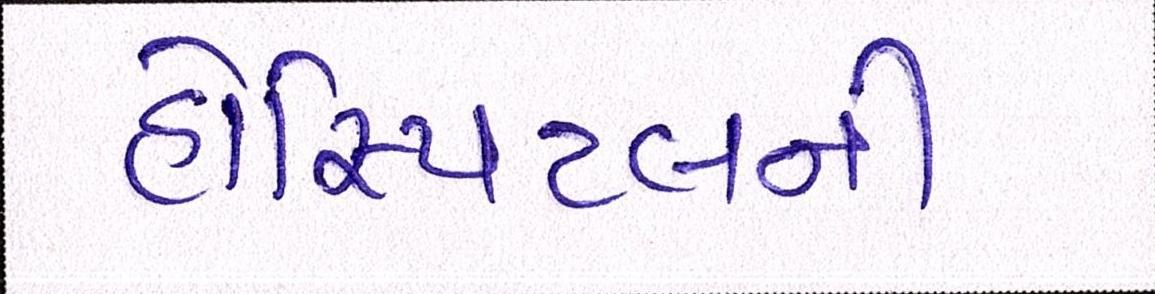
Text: હોસ્પિટલની